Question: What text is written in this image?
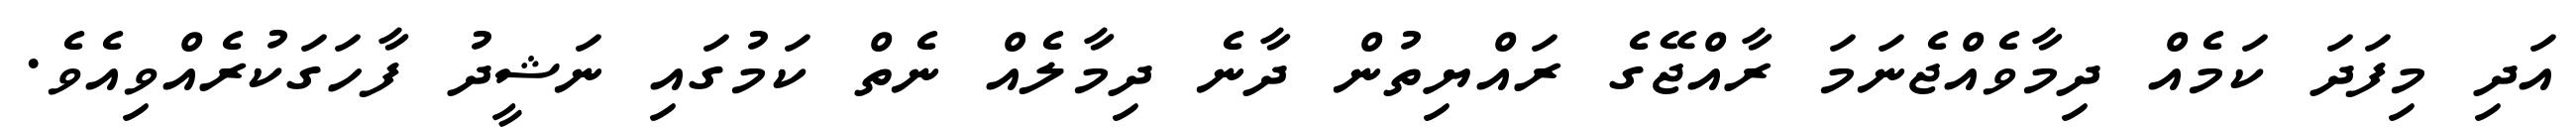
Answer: އަދި މިފަދަ ކަމެއް ދިމާވެއްޖެނަމަ ރާއްޖޭގެ ރައްޔިތުން ދާނެ ދިމާލެއް ނެތް ކަމުގައި ނަޝީދު ފާހަގަކުރެއްވިއެވެ.